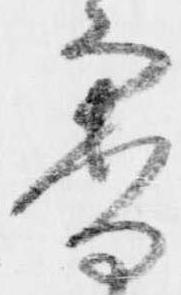
審